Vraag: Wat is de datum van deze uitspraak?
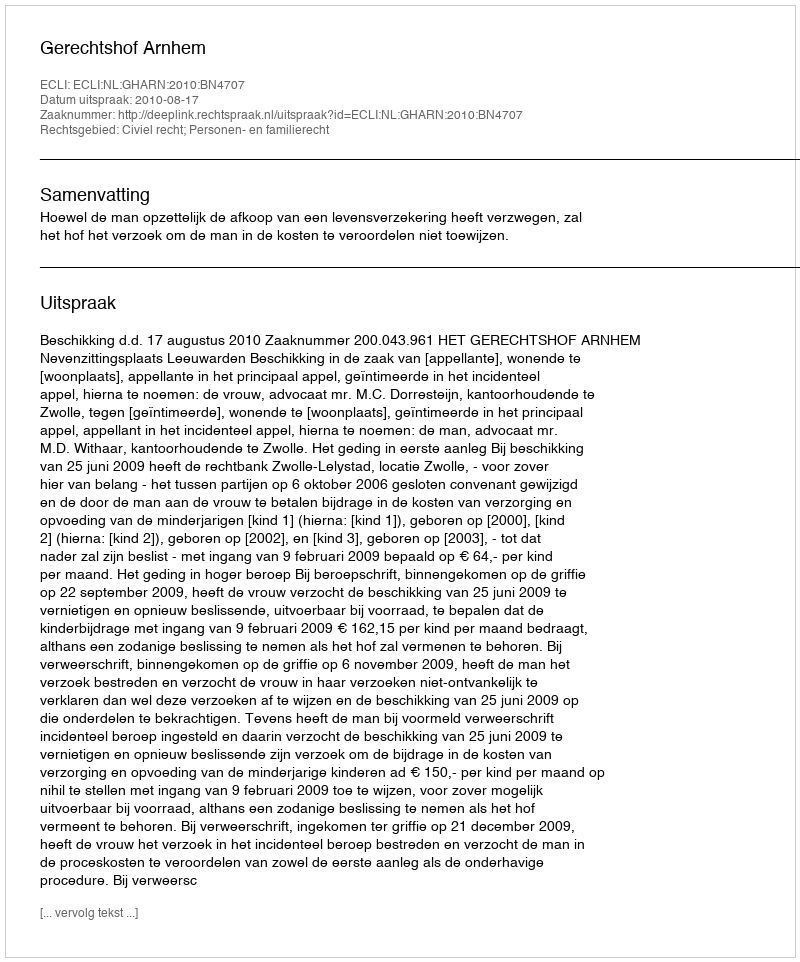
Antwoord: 2010-08-17